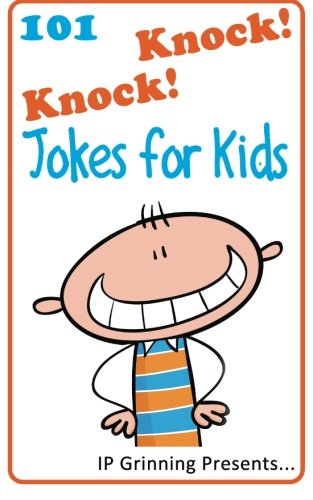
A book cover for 101 Knock Knock Jokes for Kids: (Joke Books for Kids) (Volume 1); I P Grinning; Children's Books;